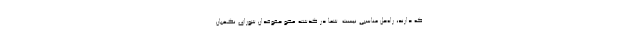
که دارند، راه‌حل مناسبی نیست. شما در گذشته عضو حقوقدان شورای نگهبان